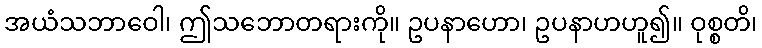
အယံသဘာဝေါ၊ ဤသဘောတရားကို။ ဥပနာဟော၊ ဥပနာဟဟူ၍။ ဝုစ္စတိ၊